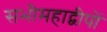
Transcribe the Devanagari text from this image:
सभीमहाद्वीपों